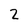
Character: 2